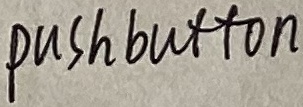
Text: pushbutton